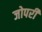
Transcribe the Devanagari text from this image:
जोपरी